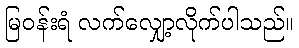
မြဝန်းရံ လက်လျှော့လိုက်ပါသည်။